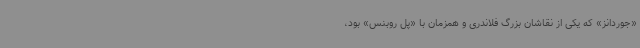
«جوردانز» که یکی از نقاشان بزرگ فلاندری و همزمان با «پل روبنس» بود،